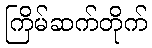
ကြိမ်ဆက်တိုက်